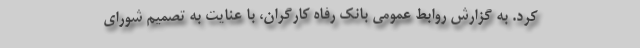
کرد. به گزارش روابط عمومی بانک رفاه کارگران، با عنایت به تصمیم شورای